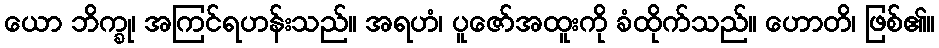
ယော ဘိက္ခု၊ အကြင်ရဟန်းသည်။ အရဟံ၊ ပူဇော်အထူးကို ခံထိုက်သည်။ ဟောတိ၊ ဖြစ်၏။